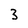
Character: 3